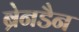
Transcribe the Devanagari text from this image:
ब्रेनडैन